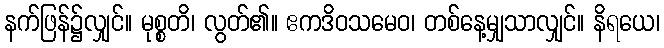
နက်ဖြန်၌လျှင်။ မုစ္စတိ၊ လွတ်၏။ ဧကဒိဝသမေဝ၊ တစ်နေ့မျှသာလျှင်။ နိရယေ၊